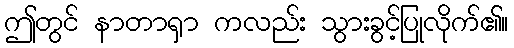
ဤတွင် နာတာရှာ ကလည်း သွားခွင့်ပြုလိုက်၏။